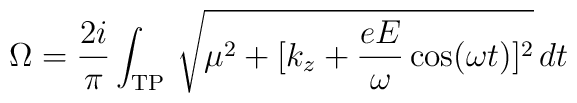
\Omega=\frac{2i}{\pi}\int_{\rm TP}\, \sqrt{ \mu^2+[k_z+\frac{eE}{\omega}\cos(\omega t)]^2} \, dt